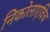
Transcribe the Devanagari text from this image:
निकोलाएविच